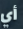
أي